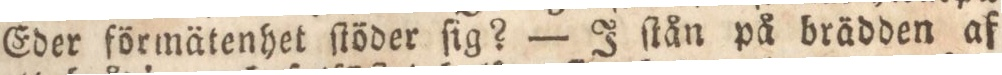
Eder förmätenhet ſtöder ſig? — J ſtån på brädden af